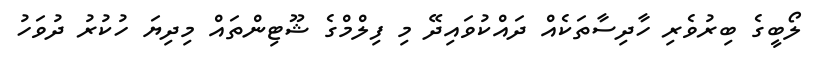
ލޯބީގެ ބިރުވެރި ހާދިސާތަކެއް ދައްކުވައިދޭ މި ފިލްމްގެ ޝޫޓިންތައް މިދިޔަ ހުކުރު ދުވަހު